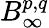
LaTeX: B_{\infty}^{p,q}